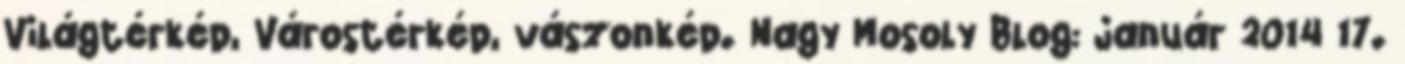
Világtérkép, Várostérkép, vászonkép. Nagy Mosoly Blog: január 2014 17.